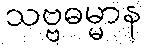
သဗ္ဗဓမ္မာန